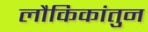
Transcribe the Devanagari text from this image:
लौकिकांतुन